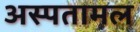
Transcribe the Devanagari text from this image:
अस्पतामल